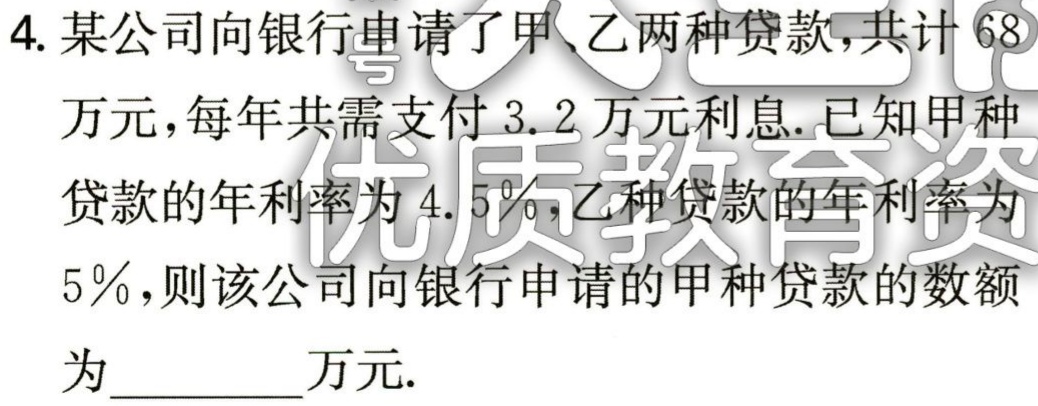
4. 某公司向银行申请了甲、乙两种贷款，共计$68$万元，每年共需支付$3.2$万元利息. 已知甲种贷款的年利率为$4.5\%$，乙种贷款的年利率为$5\%$，则该公司向银行申请的甲种贷款的数额为_________万元.